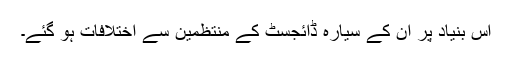
اس بنیاد پر ان کے سیارہ ڈائجسٹ کے منتظمین سے اختلافات ہو گئے۔